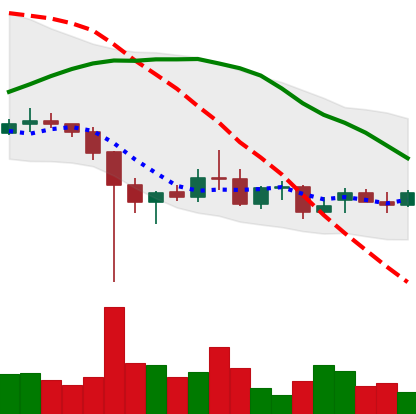
Ticker: XRP-USD
Chart end date: 2021-12-18
Forward return: 20.052%
Label: up_7plus